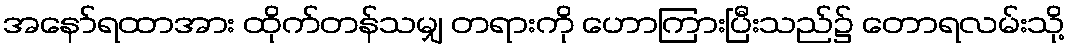
အနော်ရထာအား ထိုက်တန်သမျှ တရားကို ဟောကြားပြီးသည်၌ တောရလမ်းသို့